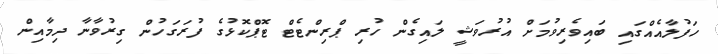
ހަފުލާއެއްގައި ބައިވެރިވުމަށް އުރުވަޝީ ލައިގެން ހުރި ޕްރިންޓެޓް ޓޮޕްކޮޅުގެ ފުރަގަހުން ގިރުވާނާ ދިމާއިން